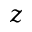
z